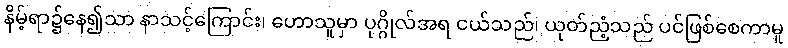
နိမ့်ရာ၌နေ၍သာ နာသင့်ကြောင်း၊ ဟောသူမှာ ပုဂ္ဂိုလ်အရ ငယ်သည်၊ ယုတ်ညံ့သည် ပင်ဖြစ်စေကာမူ